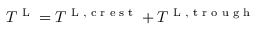
T ^ { \textnormal { L } } = T ^ { \textnormal { L } , \textnormal { c r e s t } } + T ^ { \textnormal { L } , \textnormal { t r o u g h } }